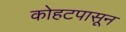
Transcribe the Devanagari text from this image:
कोहटपासून